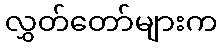
လွှတ်တော်များက